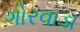
ગોરવાડા